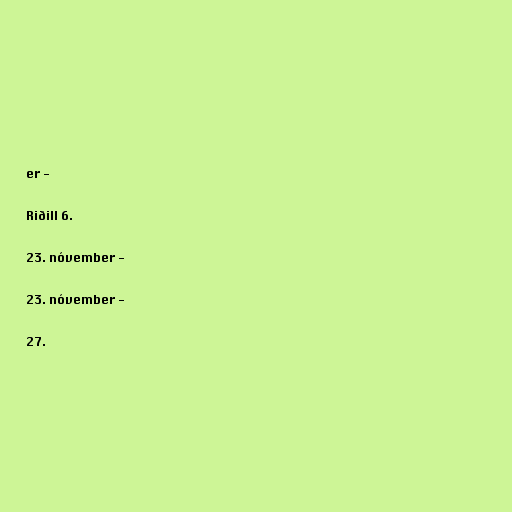
er -

Riðill 6.

23. nóvember -

23. nóvember -

27.